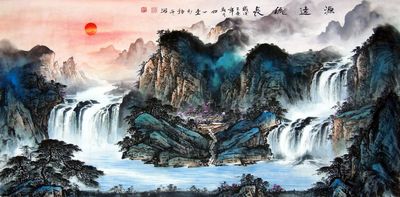
天清一雁远，海阔孤帆迟。